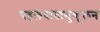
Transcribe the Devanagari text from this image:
पहलेवातानुकूलन